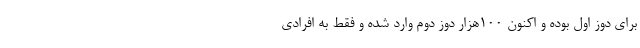
برای دوز اول بوده و اکنون ۱۰۰هزار دوز دوم وارد شده و فقط به افرادی